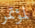
لمؤتمر